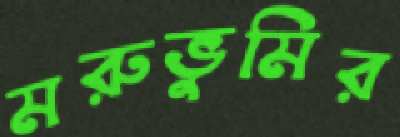
মরুভুমির